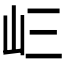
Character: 𭖁